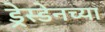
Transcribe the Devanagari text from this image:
ड्रेस्डेनच्या